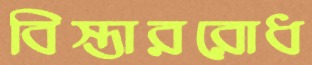
বিস্তাররোধ